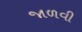
જાળવી